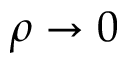
\rho \to 0